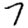
Digit: 7